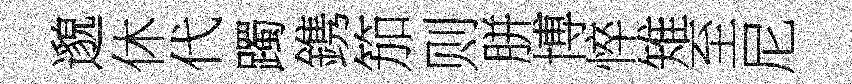
邈休代躅鎸笳则胼博悴雉至尼